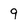
Character: 9